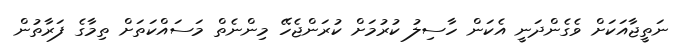
ނަތީޖާއަކަށް ވެގެންދަނީ އެކަން ހާސިލު ކުރުމަށް ކުރަންޖެހޭ މިންނެތް މަސައްކަތަށް ތިމާގެ ފަރާތުން